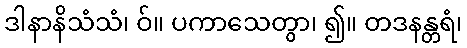
ဒါနာနိသံသံ၊ ဝ်။ ပကာသေတွာ၊ ၍။ တဒနန္တရံ၊